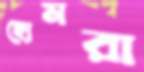
হোমরা